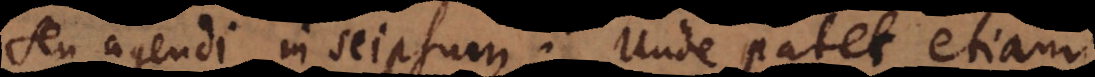
seu agendi in seipsum. Unde patet etiam